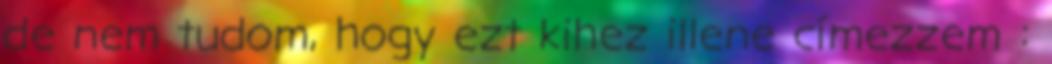
de nem tudom, hogy ezt kihez illene címezzem :